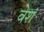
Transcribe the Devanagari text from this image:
वेशं